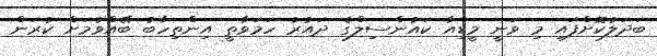
ބަދަލުކޮށްފައި މި ވަނީ މީޑިއާ ކައުންސިލްގެ ދައުރު ހަމަވާތީ އިންތިހާބު ބޭއްވުމަށް ކުރަން